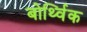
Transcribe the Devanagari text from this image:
बोर्थ्विक